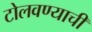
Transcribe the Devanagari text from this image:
टोलवण्याची